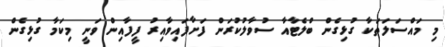
މި މައްސަލަތަކާ ގުޅިގެން ބްލެޓާއާ ސުވާލުކުރަން ފަށާފައިވާއިރު ފީފާއިން ވަނީ މިކަމާ ގުޅިގެން